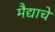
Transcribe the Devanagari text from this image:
मैद्याचे